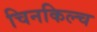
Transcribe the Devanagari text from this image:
चिनकिल्च